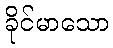
ခိုင်မာသော